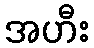
အဟီး